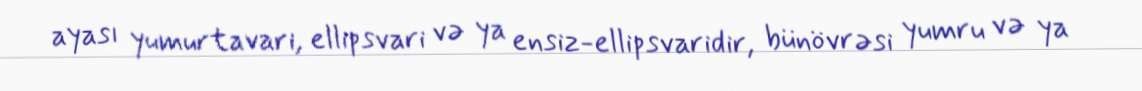
ayası yumurtavari, ellipsvari və ya ensiz-ellipsvaridir, bünövrəsi yumru və ya